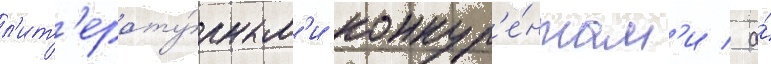
л'ит'ерату́рным'и конкур'е́нтам'и / а́